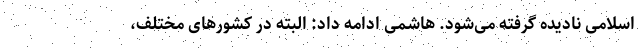
اسلامی نادیده گرفته می‌شود. هاشمی ادامه داد: البته در کشورهای مختلف،